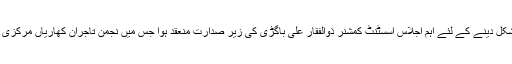
گجرات(جی پی آئی)) کھاریاں میں رمضان بازار کے انعقاد کے لئے انتظامات کو حتمی شکل دینے کے لئے اہم اجلاس اسسٹنٹ کمشنر ذوالفقار علی باگڑی کی زیر صدارت منعقد ہوا جس میں نجمن تاجران کھاریاں مرکزی انجمن تاجران کھاریاں، انجمن فروٹ اور انجمن کریانہ ایسوسی ایشن کے ساتھ میٹنگ کی۔